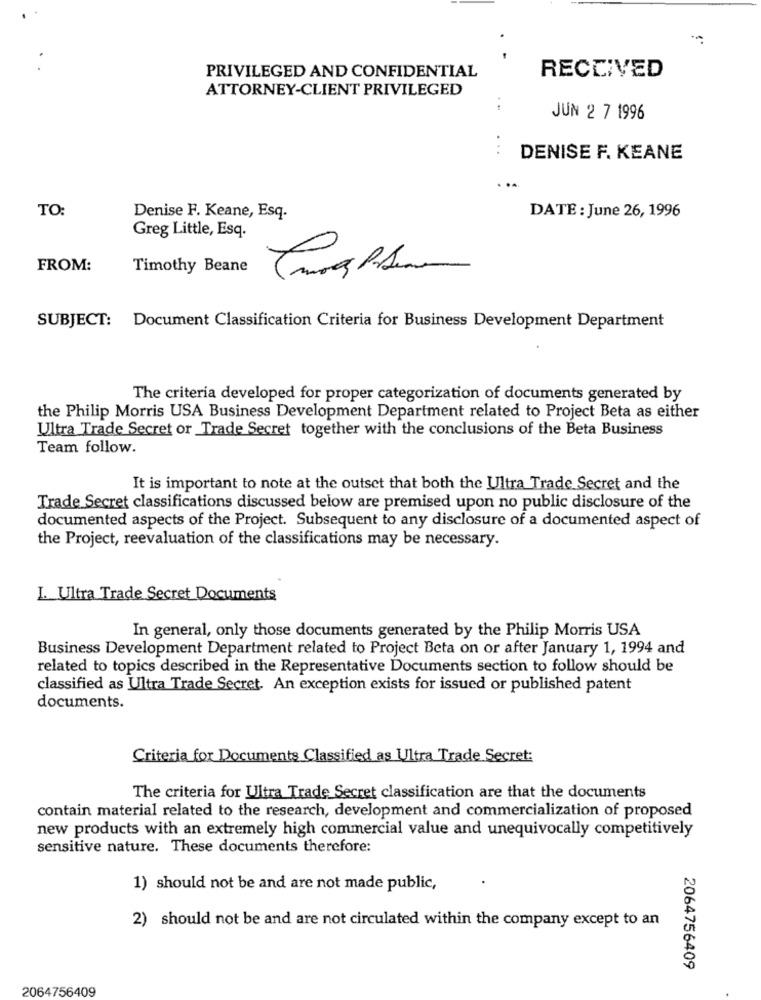
-
RECEIVED
PRIVILEGED AND CONFIDENTIAL
ATTORNEY-CLIENT PRIVILEGED
JUN 2 7 1996
...
DENISE F. KEANE
TO:
Denise F. Keane, Esq.
DATE : June 26, 1996
Greg Little, Esq.
FROM:
Timothy Beane
SUBJECT: Document Classification Criteria for Business Development Department
The criteria developed for proper categorization of documents generated by
the Philip Morris USA Business Development Department related to Project Beta as either
Ultra Trade Secret or Trade Secret together with the conclusions of the Beta Business
Team follow.
It is important to note at the outset that both the Ultra Trade Secret and the
Trade Secret classifications discussed below are premised upon no public disclosure of the
documented aspects of the Project. Subsequent to any disclosure of a documented aspect of
the Project, reevaluation of the classifications may be necessary.
I. Ultra Trade Secret Documents
In general, only those documents generated by the Philip Morris USA
Business Development Department related to Project Beta on or after January 1, 1994 and
related to topics described in the Representative Documents section to follow should be
classified as Ultra Trade Secret. An exception exists for issued or published patent
documents.
Criteria for Documents Classified as Ultra Trade Secret:
The criteria for Ultra Trade Secret classification are that the documents
contain material related to the research, development and commercialization of proposed
new products with an extremely high commercial value and unequivocally competitively
sensitive nature. These documents therefore:
1) should not be and are not made public,
2) should not be and are not circulated within the company except to an
2064756409
2064756409